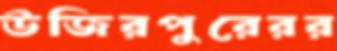
উজিরপুরেরর